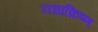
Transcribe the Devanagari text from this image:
राधाक्रिष्ण